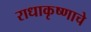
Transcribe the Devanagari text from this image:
राधाकृष्णाचे